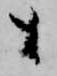
も